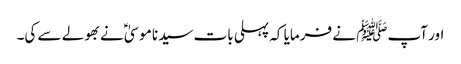
اور آپﷺ نے فرمایا کہ پہلی بات سیدنا موسیٰؑ نے بھولے سے کی۔